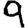
Digit: 9